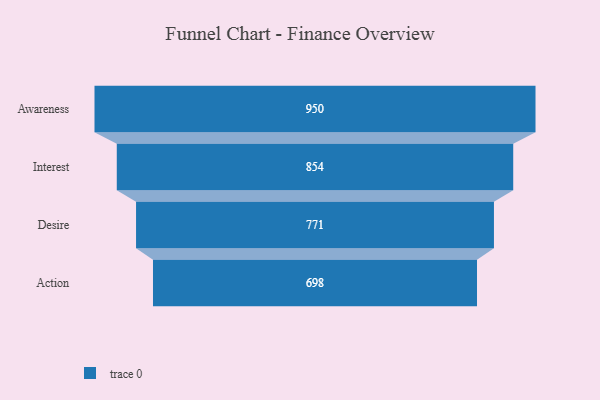
{"axis": {"x": "Stage", "y": "Value"}, "legend": [""], "data": [{"x": "Awareness", "y": 950.0, "type": ""}, {"x": "Interest", "y": 854.0, "type": ""}, {"x": "Desire", "y": 771.0, "type": ""}, {"x": "Action", "y": 698.0, "type": ""}]}